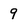
Character: 9